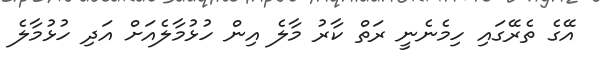
އޭގެ ތެރޭގައި ހިމެނެނީ ރަތް ކާރު މާލެ އިން ހުޅުމާލެއަށް އަދި ހުޅުމާލެ